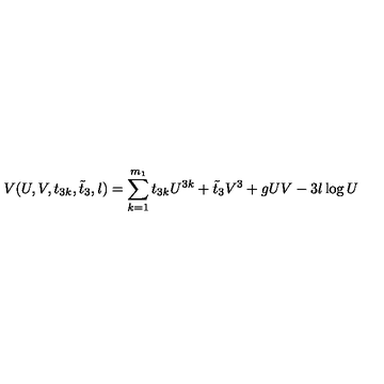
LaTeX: V ( U , V , t _ { 3 k } , \tilde { t } _ { 3 } , l ) = \sum _ { k = 1 } ^ { m _ { 1 } } t _ { 3 k } U ^ { 3 k } + \tilde { t } _ { 3 } V ^ { 3 } + g U V - 3 l \log U